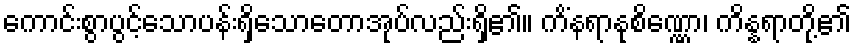
ကောင်းစွာပွင့်သောပန်းရှိသောတောအုပ်လည်းရှိ၏။ ကိံနရာနုစိဏ္ဏော၊ ကိန္နရာတို့၏